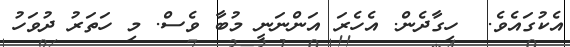
އެކުގައެވެ.  ހިގާދެން. އެހެރަ އަންނަނީ މުބާ ވެސް. މި ހަތަރު ދުވަހު